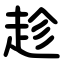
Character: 趁